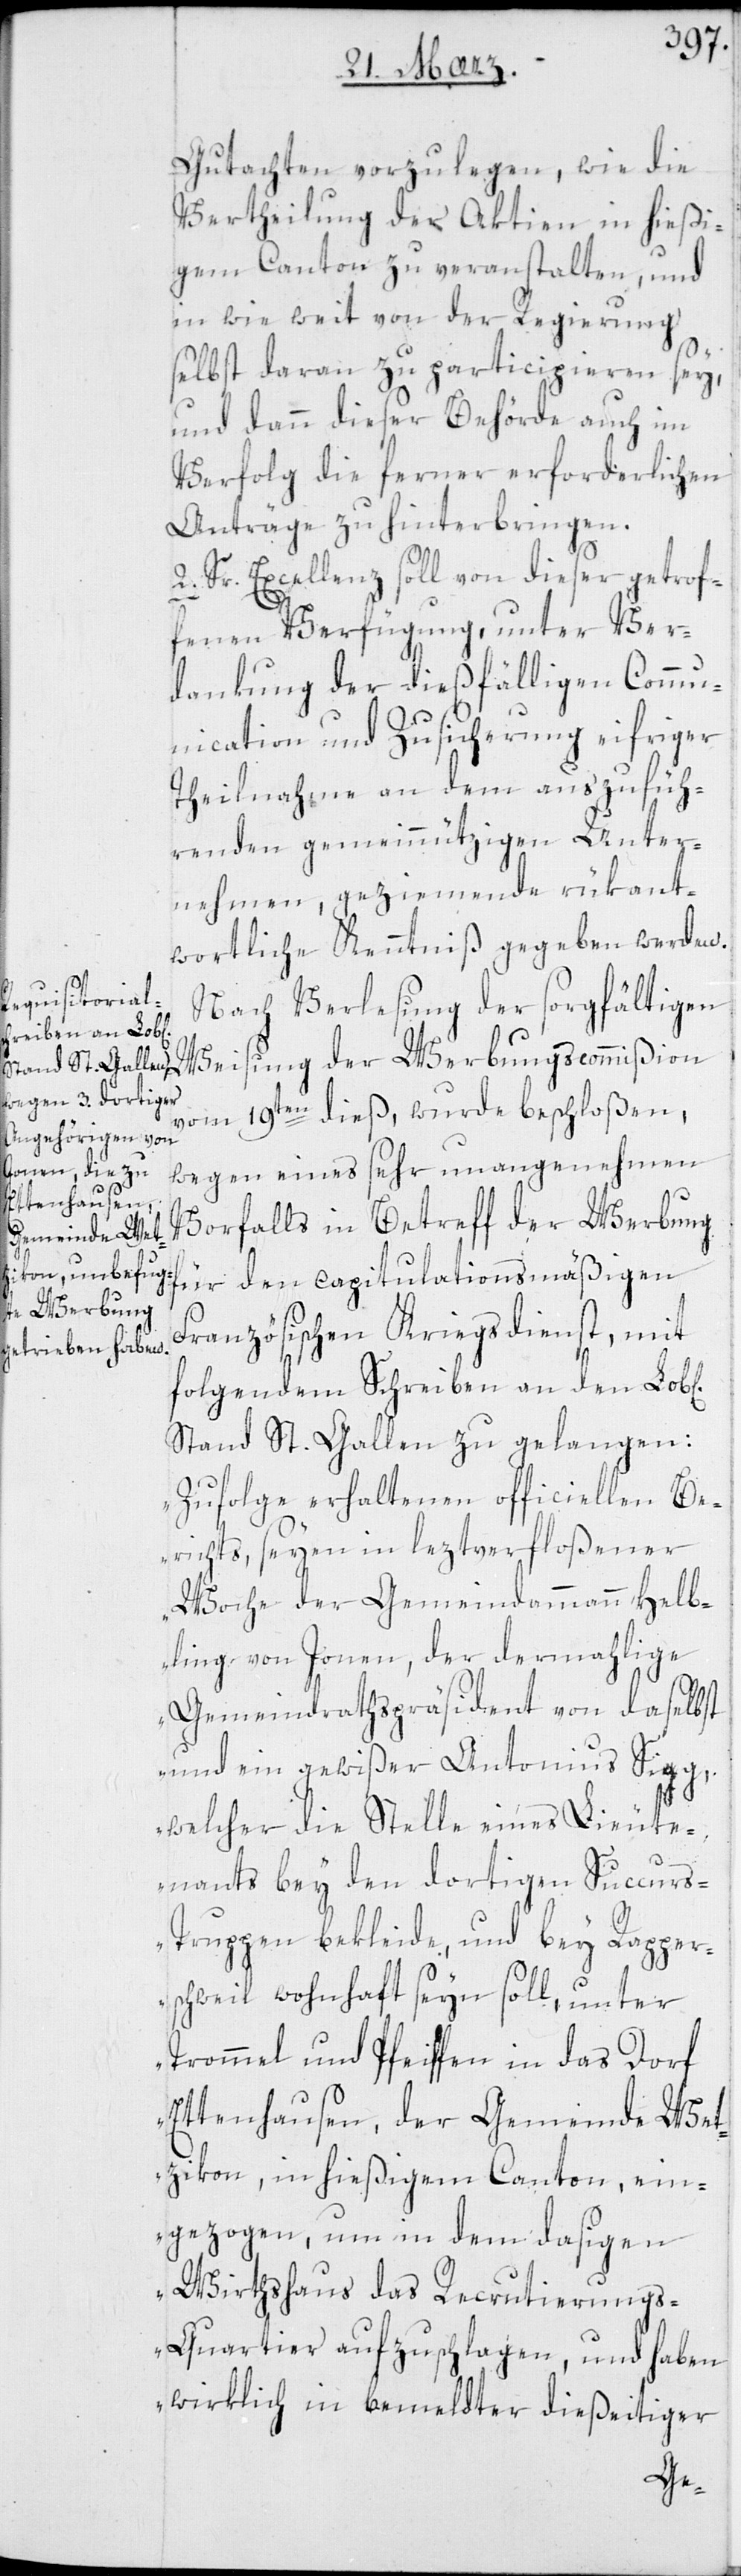
Gutachten vorzulegen, wie die
Vertheilung der Aktien in hießi¬
gem Canton zu veranstalten, und
in wie weit von der Regierung
selbst daran zu participieren sey,
und dann dieser Behörde auch in
Verfolg die ferner erforderlichen
Anträge zu hinterbringen.
2. Sr Excellenz soll von dieser getrof¬
fenen Verfügung, unter Ver¬
dankung der dießfälligen Commu¬
nication und Zusicherung eifriger
Theilnahme an dem auszufüh¬
renden gemeinnützigen Unter¬
nehmen, geziemende rükant¬
wortliche Kenntniß gegeben werden.
Nach Verlesung der sorgfältigen
Weisung der Werbungscommißion
vom 19ten dieß, wurde beschloßen,
wegen eines sehr unangenehmen
Vorfalls in Betreff der Werbung
für den capitulationsmäßigen
Französischen Kriegsdienst, mit
folgendem Schreiben an den Lob[li¬
Stand St. Gallen zu gelangen:
„Zufolge erhaltenen officiellen Be¬
richts, seyen in leztverfloßener
Woche der Gemeindammann Helb¬
ling von Jonen, der dermahlige
Gemeindrathspräsident von daselbst
und ein gewißer Antonius Sigg,
welcher die Stelle eines Lieute¬
nants bey den dortigen Succurs-T¬
ruppen bekleide, und bey Rapper¬
schweil wohnhaft seyn soll, unter
Trommel und Pfeiffen in das Dorf
Ettenhausen, der Gemeinde Wet¬
zikon in hießigem Canton, ein¬
gezogen, um in dem dasigen
Wirthshaus das Recrutierung¬
s-Quartier aufzuschlagen, und haben
wirklich in bemeldter dießeitiger
chen]